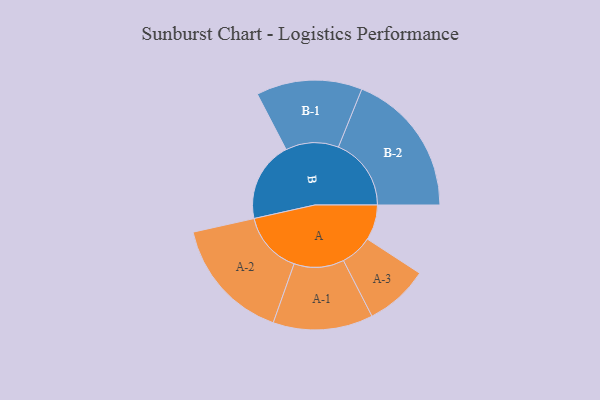
{"axis": {"x": "Segment", "y": "Value"}, "legend": ["", "A", "B"], "data": [{"x": "A", "y": 141, "type": ""}, {"x": "B", "y": 320, "type": ""}, {"x": "A-1", "y": 199, "type": "A"}, {"x": "A-2", "y": 247, "type": "A"}, {"x": "A-3", "y": 127, "type": "A"}, {"x": "B-1", "y": 211, "type": "B"}, {"x": "B-2", "y": 290, "type": "B"}]}